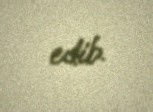
edib.